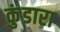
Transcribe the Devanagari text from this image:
कुंडारा